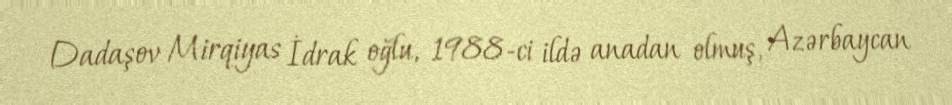
Dadaşov Mirqiyas İdrak oğlu, 1988-ci ildə anadan olmuş, Azərbaycan